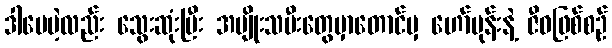
ဒါပေမဲ့လည်း သွေးဆုံးပြီး အမျိုးသမီးတွေမှာတောင်မှ ဟော်မုန်းနဲ့ ဇီဝဖြစ်စဉ်